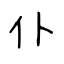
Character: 仆